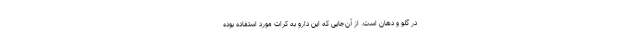
در گلو و دهان است. از آن‌جایی که این دارو به کرات مورد استفاده بوده